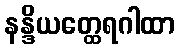
နန္ဒိယတ္ထေရဂါထာ